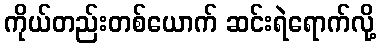
ကိုယ်တည်းတစ်ယောက် ဆင်းရဲရောက်လို့